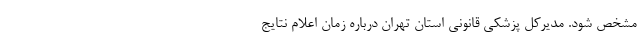
مشخص شود. مدیرکل پزشکی قانونی استان تهران درباره زمان اعلام نتایج